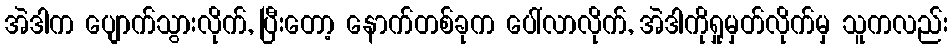
အဲဒါက ပျောက်သွားလိုက်, ပြီးတော့ နောက်တစ်ခုက ပေါ်လာလိုက်, အဲဒါကိုရှုမှတ်လိုက်မှ သူကလည်း